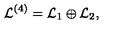
{ \mathcal { L } } ^ { ( 4 ) } = { \mathcal { L } } _ { 1 } \oplus { \mathcal { L } } _ { 2 } ,